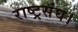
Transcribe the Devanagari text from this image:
राष्ट्रसंघ।